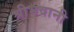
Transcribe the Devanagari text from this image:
श्रीभवानी